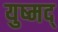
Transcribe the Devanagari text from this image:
युष्मद्